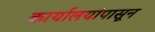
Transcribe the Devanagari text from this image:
कार्यालयांपासून